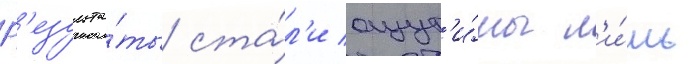
Р'езульта́ты ста́л'и ощут'и́мы л'и́шь